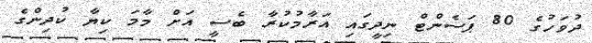
ދުވަހުގެ 80 ޕަސެންޓް ނިދީގައި އަރާމުކުރާ ބެސީ އަށް މާމަ ކިޔާ ކުދިންގެ